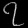
Digit: ၇